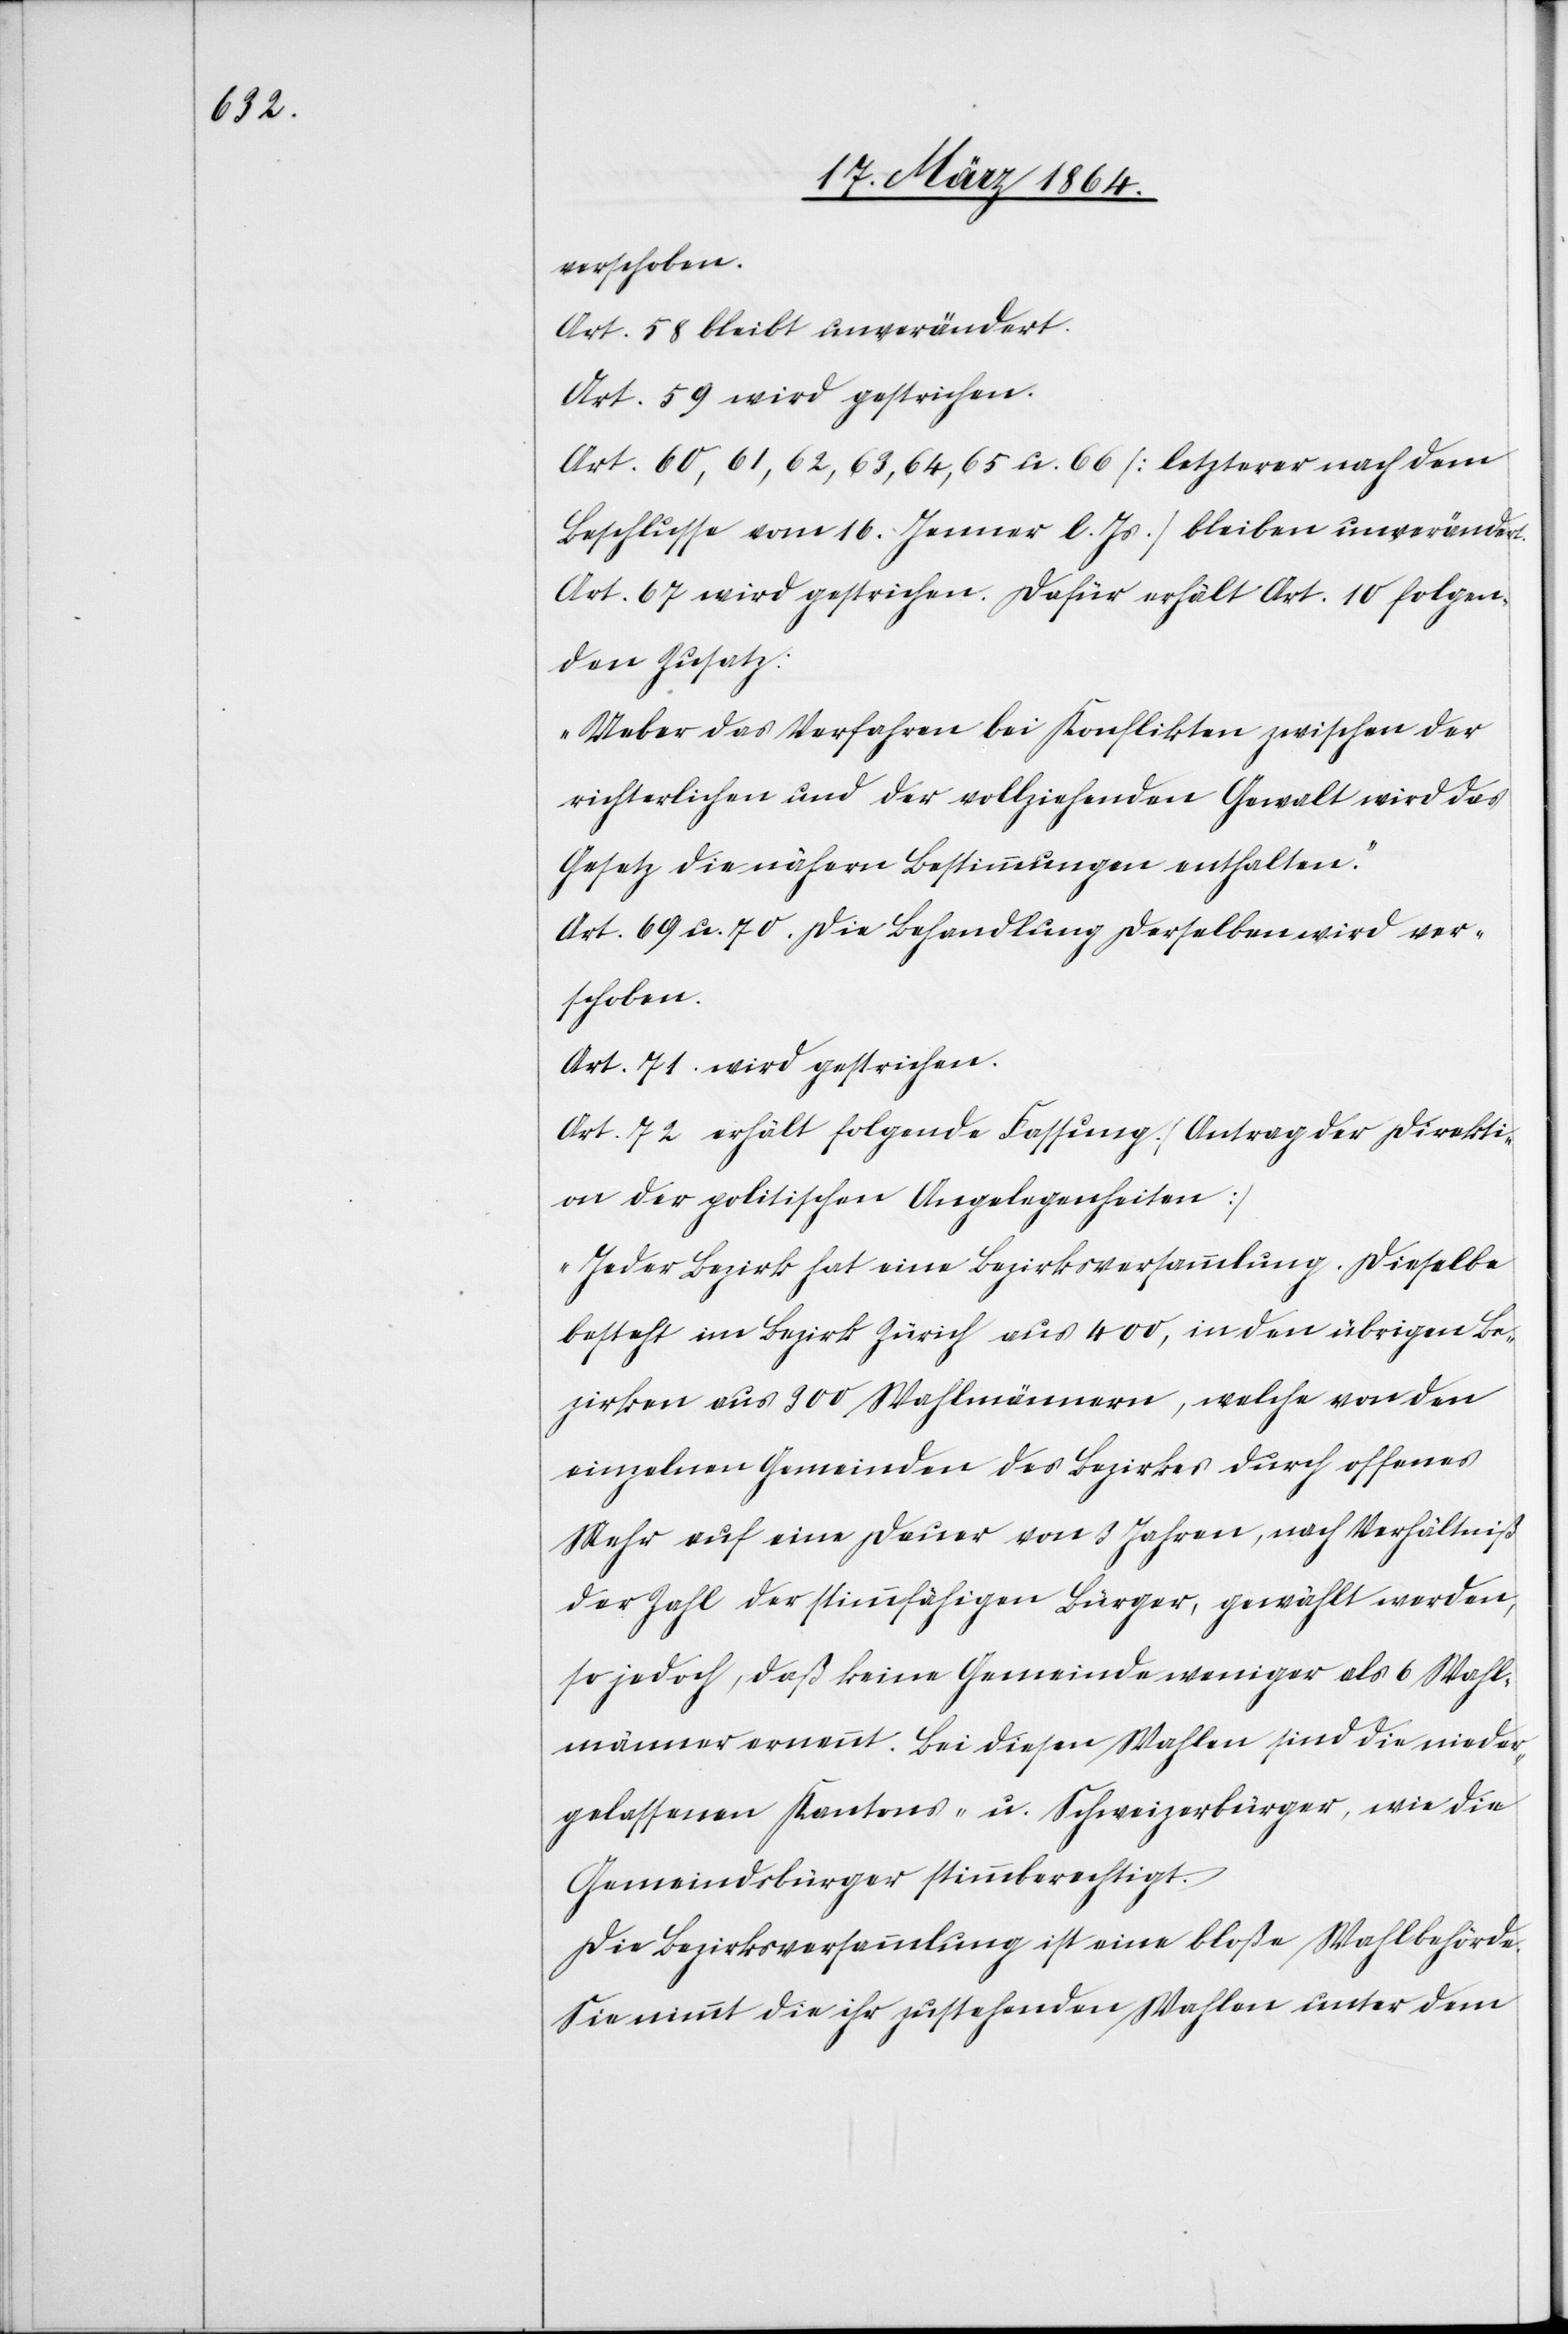
verschoben.
Art. 58 bleibt unverändert.
Art. 59 wird gestrichen.
Art. 60, 61, 62, 63, 64, 65 u. 66 [letzterer nach dem
Beschlusse vom Jenner l. Js.] bleiben unverändert.
Art. 67 wird gestrichen. Dafür erhält Art. 10 folgen¬
den Zusatz:
„Ueber das Verfahren bei Konflikten zwischen der
richterlichen und der vollziehenden Gewalt wird das
Gesetz die nähern Bestimmungen enthalten.“
Art. 69 u. 70. Die Behandlung derselben wird ver¬
schoben.
Art. 71 wird gestrichen.
Art. 72 erhält folgende Fassung [Antrag der Direkti¬
on der politischen Angelegenheiten]
„Jeder Bezirk hat eine Bezirksversammlung. Dieselbe
besteht im Bezirk Zürich aus 400, in den übrigen Be¬
zirken aus 900 Wahlmännern, welche von den
einzelnen Gemeinden des Bezirkes durch offenes
Mehr auf eine Dauer von 3 Jahren, nach Verhältniß
der Zahl der stimmfähigen Bürger, gewählt werden,
so jedoch, daß keine Gemeinde weniger als 6 Wahl¬
männer ernennt. Bei diesen Wahlen sind die nieder¬
gelassenen Kantons- u. Schweizerbürger, wie die
Gemeindsbürger stimmberechtigt.
Die Bezirksversammlung ist eine bloße Wahlbehörde.
Sie nimmt die ihr zustehenden Wahlen unter dem